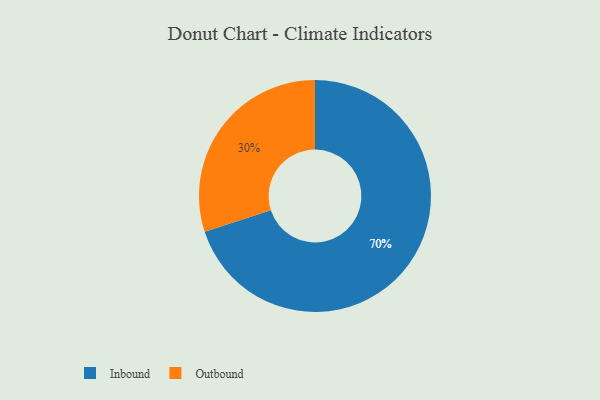
{"axis": {"x": "Category", "y": "Percentage"}, "legend": ["Inbound", "Outbound"], "data": [{"x": "Inbound", "y": 70, "type": "Inbound"}, {"x": "Outbound", "y": 30, "type": "Outbound"}]}